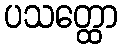
ပသတ္ထော